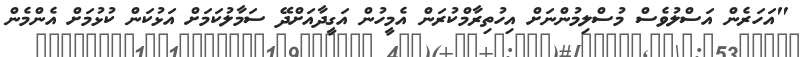
"އަހަރެން އަސްލުވެސް މުސްލިމުންނަށް އިހުތިރާމްކުރަން އެމީހުން އަގީދާއަށްދޭ ސަމާލުކަމަށް އަޅުކަން ކުޅުމަށް އެންމެން